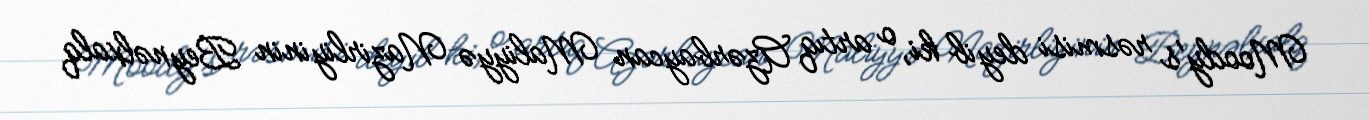
Moody's rəsmisi deyib ki, o artıq Azərbaycan Maliyyə Nazirliyinin Beynəlxalq